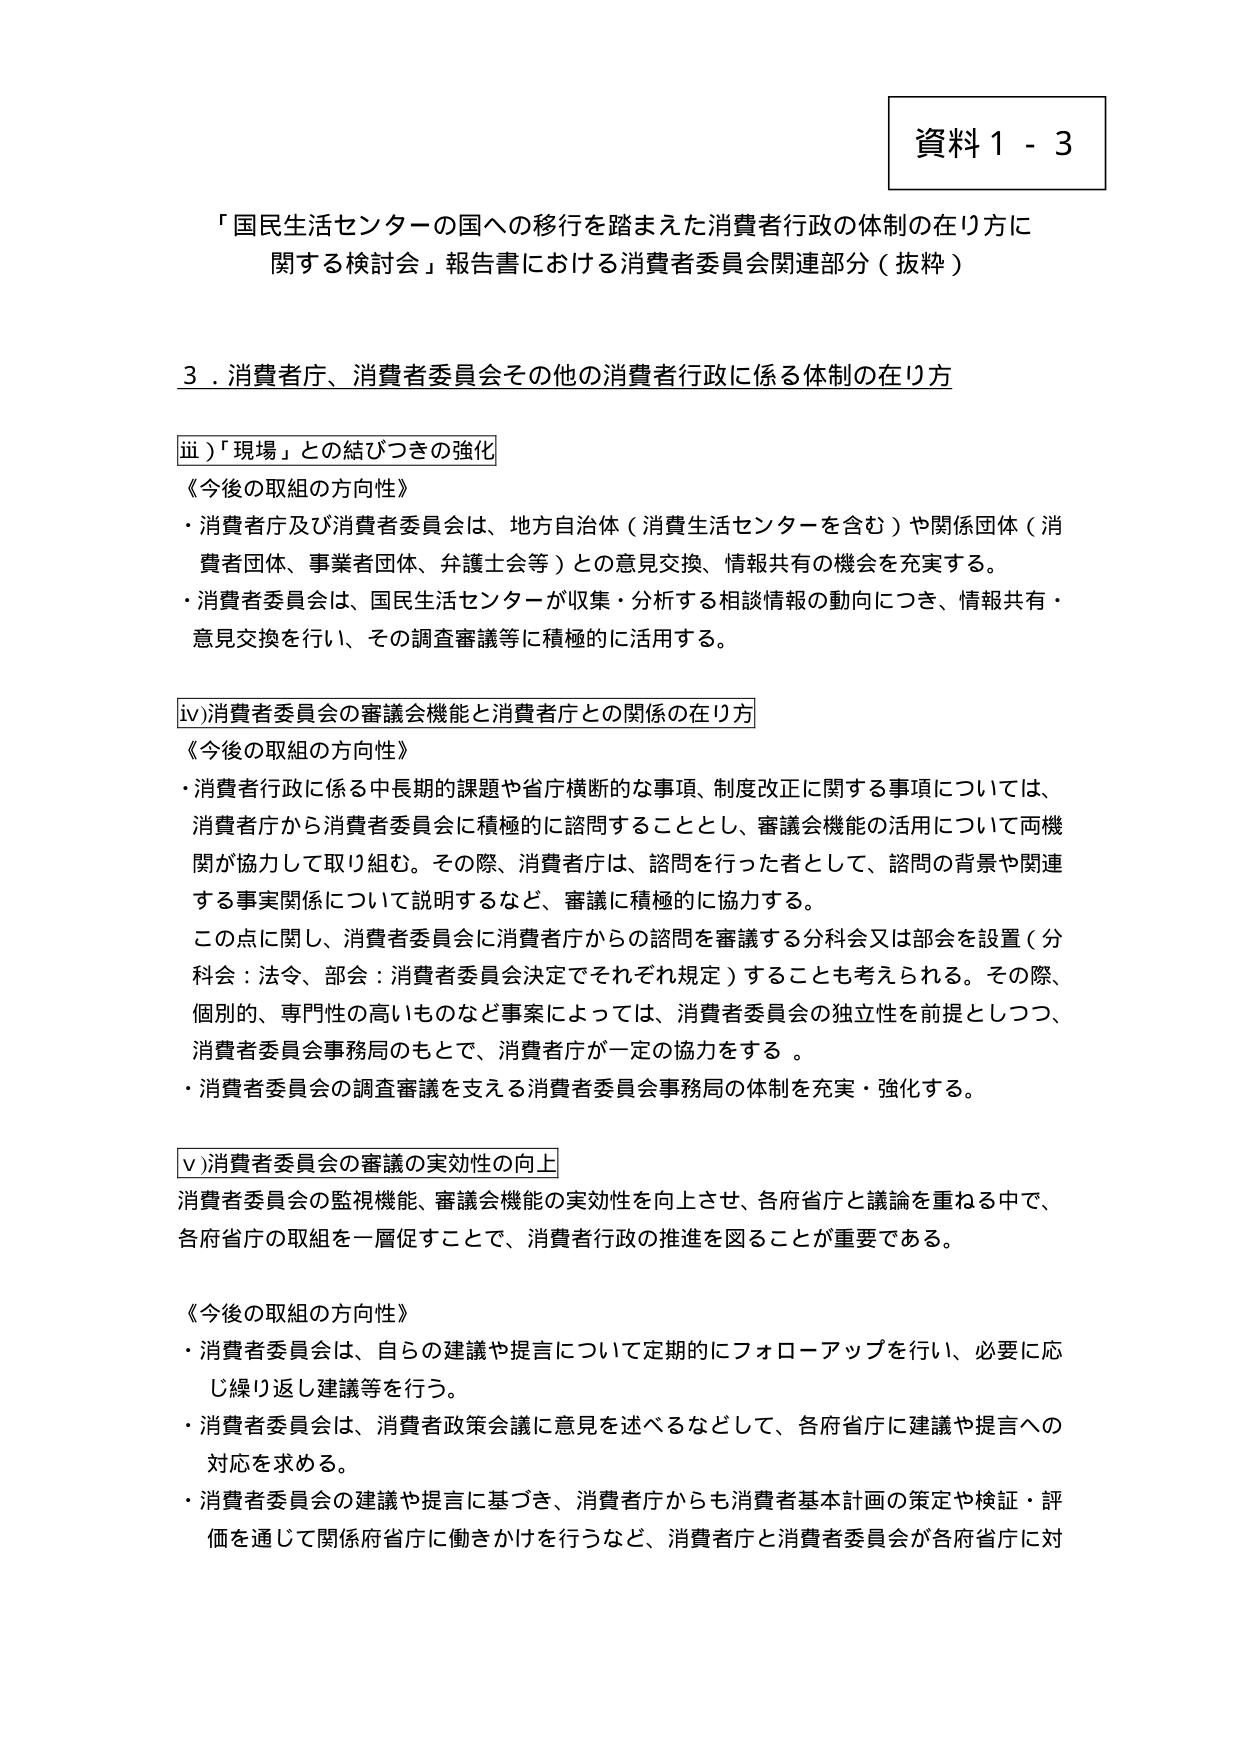
資料１－３

「国民生活センターの国への移行を踏まえた消費者行政の体制の在り方に関する検討会」報告書における消費者委員会関連部分（抜粋）

３．消費者庁、消費者委員会その他の消費者行政に係る体制の在り方

ⅲ）「現場」との結びつきの強化

《今後の取組の方向性》
・消費者庁及び消費者委員会は、地方自治体（消費生活センターを含む）や関係団体（消費者団体、事業者団体、弁護士会等）との意見交換、情報共有の機会を充実する。
・消費者委員会は、国民生活センターが収集・分析する相談情報の動向につき、情報共有・意見交換を行い、その調査審議等に積極的に活用する。

ⅳ）消費者委員会の審議会機能と消費者庁との関係の在り方

《今後の取組の方向性》
・消費者行政に係る中長期的課題や省庁横断的な事項、制度改正に関する事項については、消費者庁から消費者委員会に積極的に諮問することとし、審議会機能の活用について両機関が協力して取り組む。その際、消費者庁は、諮問を行った者として、諮問の背景や関連する事実関係について説明するなど、審議に積極的に協力する。
この点に関し、消費者委員会に消費者庁からの諮問を審議する分科会又は部会を設置（分科会：法令、部会：消費者委員会決定でそれぞれ規定）することも考えられる。その際、個別的、専門性の高いものなど事案によっては、消費者委員会の独立性を前提としつつ、消費者委員会事務局のもとで、消費者庁が一定の協力をする。
・消費者委員会の調査審議を支える消費者委員会事務局の体制を充実・強化する。

ⅴ）消費者委員会の審議の実効性の向上

消費者委員会の監視機能、審議会機能の実効性を向上させ、各府省庁と議論を重ねる中で、各府省庁の取組を一層促すことで、消費者行政の推進を図ることが重要である。

《今後の取組の方向性》
・消費者委員会は、自らの建議や提言について定期的にフォローアップを行い、必要に応じ繰り返し建議等を行う。
・消費者委員会は、消費者政策会議に意見を述べるなどして、各府省庁に建議や提言への対応を求める。
・消費者委員会の建議や提言に基づき、消費者庁からも消費者基本計画の策定や検証・評価を通じて関係府省庁に働きかけを行うなど、消費者庁と消費者委員会が各府省庁に対